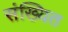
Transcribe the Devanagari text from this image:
संख्यित